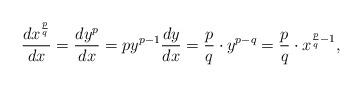
LaTeX: \begin{align*}\frac{dx^{\frac pq}}{dx} = \frac{dy^p}{dx} = py^{p-1} \frac{dy}{dx} = \frac pq\cdot y^{p-q} = \frac pq \cdot x^{\frac pq -1},\end{align*}